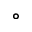
^ { \circ }